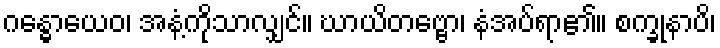
ဂန္ဓောယေဝ၊ အနံ့ကိုသာလျှင်။ ဃာယိတဗ္ဗော၊ နံအပ်ရာ၏။ စက္ခုနာပိ၊